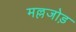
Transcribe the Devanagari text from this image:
मल्लजोड़